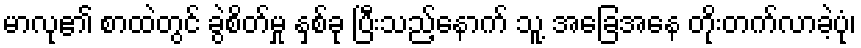
မာလု၏ စာထဲတွင် ခွဲစိတ်မှု နှစ်ခု ပြီးသည့်နောက် သူ့ အခြေအနေ တိုးတက်လာခဲ့ပုံ၊